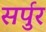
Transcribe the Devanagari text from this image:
सर्पुर